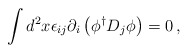
\begin{align*}\int d^{2}x\epsilon _{ij}\partial _{i}\left( \phi ^{\dagger }D_{j}\phi \right) =0\, ,\end{align*}